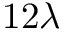
1 2 \lambda